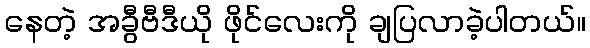
နေတဲ့ အခွီဗီဒီယို ဖိုင်လေးကို ချပြလာခဲ့ပါတယ်။